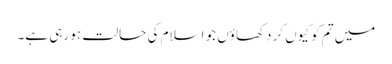
میں تم کو کیوں کر دکھاؤں جو اسلام کی حالت ہو رہی ہے۔